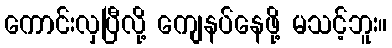
ကောင်းလှပြီလို့ ကျေနပ်နေဖို့ မသင့်ဘူး။